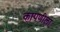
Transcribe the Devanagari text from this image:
कापणीला